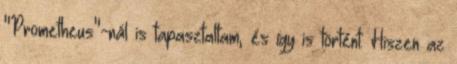
"Prometheus"-nál is tapasztaltam, és így is történt. Hiszen az